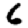
Digit: 6